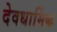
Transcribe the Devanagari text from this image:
देवधार्मिक